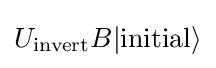
U_{\mathrm {invert} }B|\mathrm {initial} \rangle